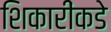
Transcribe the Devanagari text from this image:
शिकारींकडे